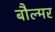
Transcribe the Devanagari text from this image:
बौल्मर